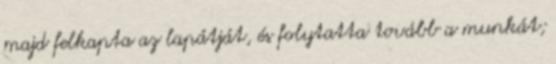
majd felkapta az lapátját, és folytatta tovább a munkát;